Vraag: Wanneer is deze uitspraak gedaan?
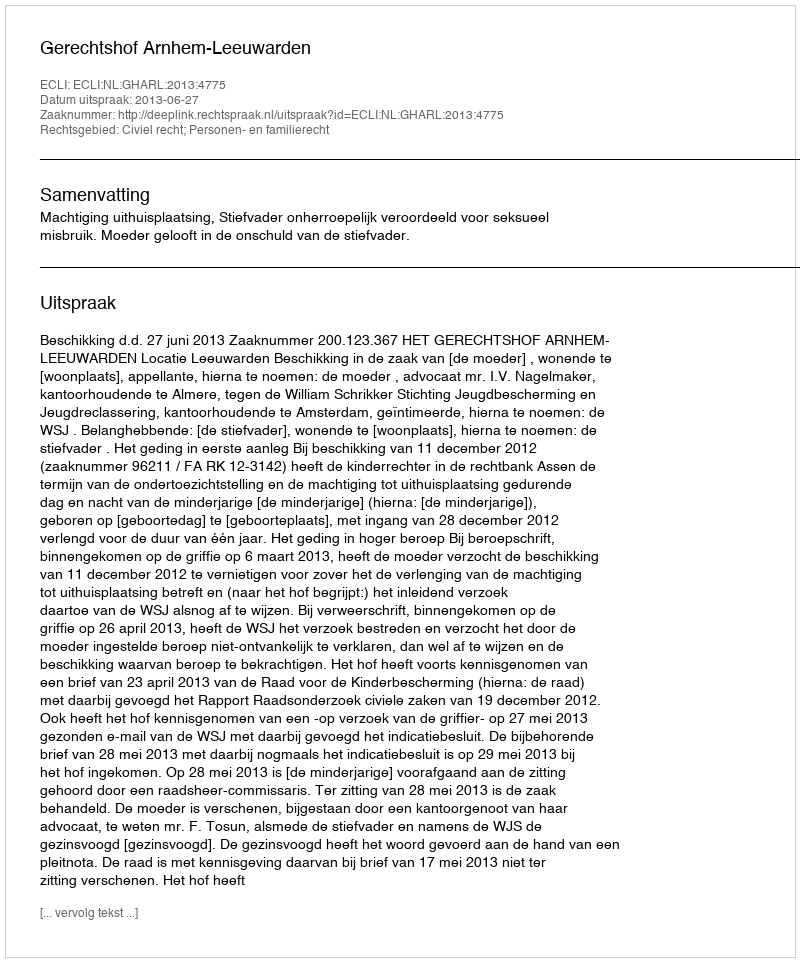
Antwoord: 2013-06-27